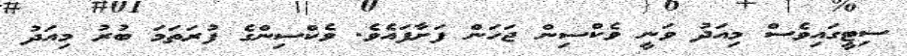
ސިޓީގައިވެސް މިއަދު ވަނީ ވެކްސިން ޖަހަން ފަށާފައެވެ. ވެކްސިންގެ ފުރަތަމަ ބުރު މިއަދު